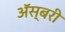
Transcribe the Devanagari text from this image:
ॲस्बरी